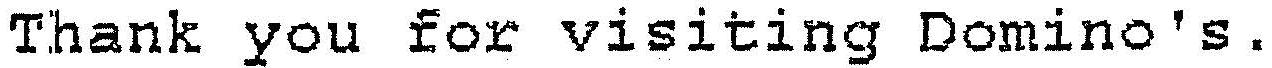
THANK YOU FOR VISITING DOMINO'S.